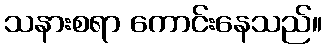
သနားစရာ ကောင်းနေသည်။